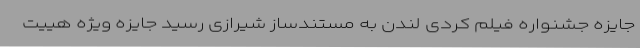
جایزه جشنواره فیلم کردی لندن به مستندساز شیرازی رسید جایزه ویژه هییٔت